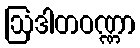
ဩဒါတဝဏ္ဏာ